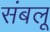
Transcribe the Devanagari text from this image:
संबलू